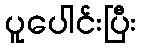
ပူပေါင်းပြီး